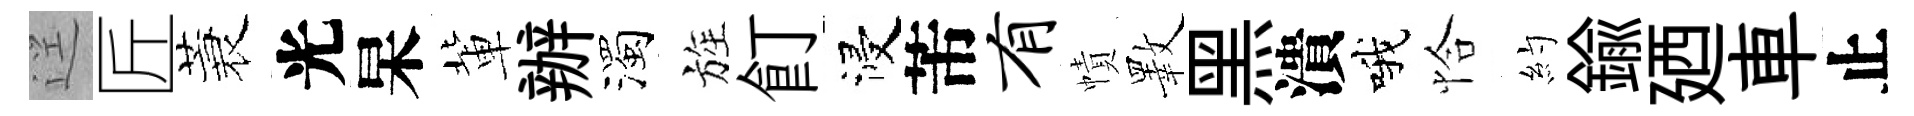
逕匠蓑光杲軰辦濁旌飣浸芾有幘斁黑潰哦恰約鍮廼車止